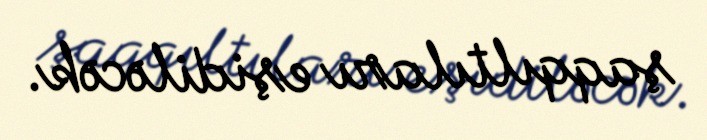
şaqqıltıları eşidiləcək.